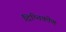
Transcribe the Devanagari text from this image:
द्रिष्तिकोण